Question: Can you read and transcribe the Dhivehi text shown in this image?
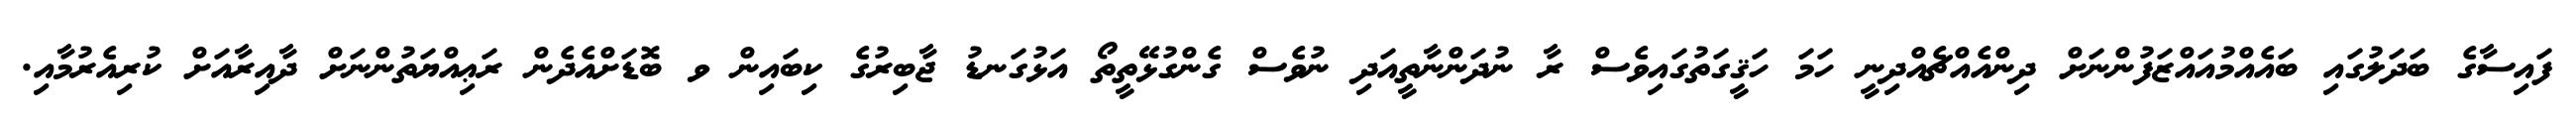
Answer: ފައިސާގެ ބަދަލުގައި ބައެއްމުއައްޒަފުންނަށް ދިންއެއްޗެއްދިނީ ހަމަ ހަޤީގަތުގައިވެސް ރާ ނުދަންނާތީއަދި ނުވެސް ގެންގުޅޭތީތޯ އަޅުގަނޑު ޖާބިރުގެ ކިބައިން ވ ބޮޑަށްއެދެން ރަޢިއްޔަތުންނަށް ދާއިރާއަށް ކުރިއެރުމާއި.